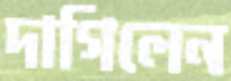
দাগিলেন